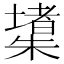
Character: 𱤧